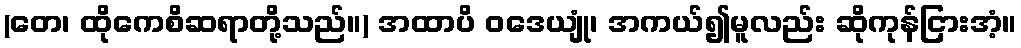
(တေ၊ ထိုကေစိဆရာတို့သည်။) အထာပိ ဝဒေယျုံ၊ အကယ်၍မူလည်း ဆိုကုန်ငြားအံ့။